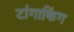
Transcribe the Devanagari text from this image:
टांगाकिंग